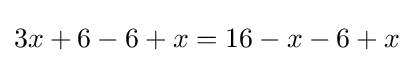
3x+6-6+x=16-x-6+x